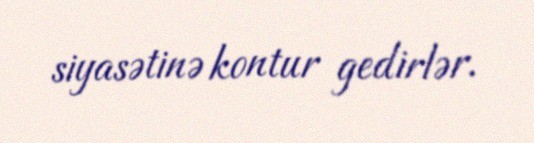
siyasətinə kontur gedirlər.